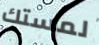
لمستك